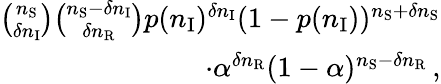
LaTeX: \begin{array}{r}{\binom{n_{\mathrm{S}}}{\delta n_{\mathrm{I}}}\binom{n_{\mathrm{S}}-\delta n_{\mathrm{I}}}{\delta n_{\mathrm{R}}}p(n_{\mathrm{I}})^{\delta n_{\mathrm{I}}}(1-p(n_{\mathrm{I}}))^{n_{\mathrm{S}}+\delta n_{\mathrm{S}}}}\\ {\cdot\alpha^{\delta n_{\mathrm{R}}}(1-\alpha)^{n_{\mathrm{S}}-\delta n_{\mathrm{R}}}\, ,}\end{array}